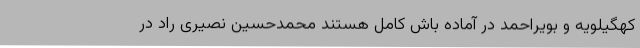
کهگیلویه و بویراحمد در آماده باش کامل هستند محمدحسین نصیری راد در